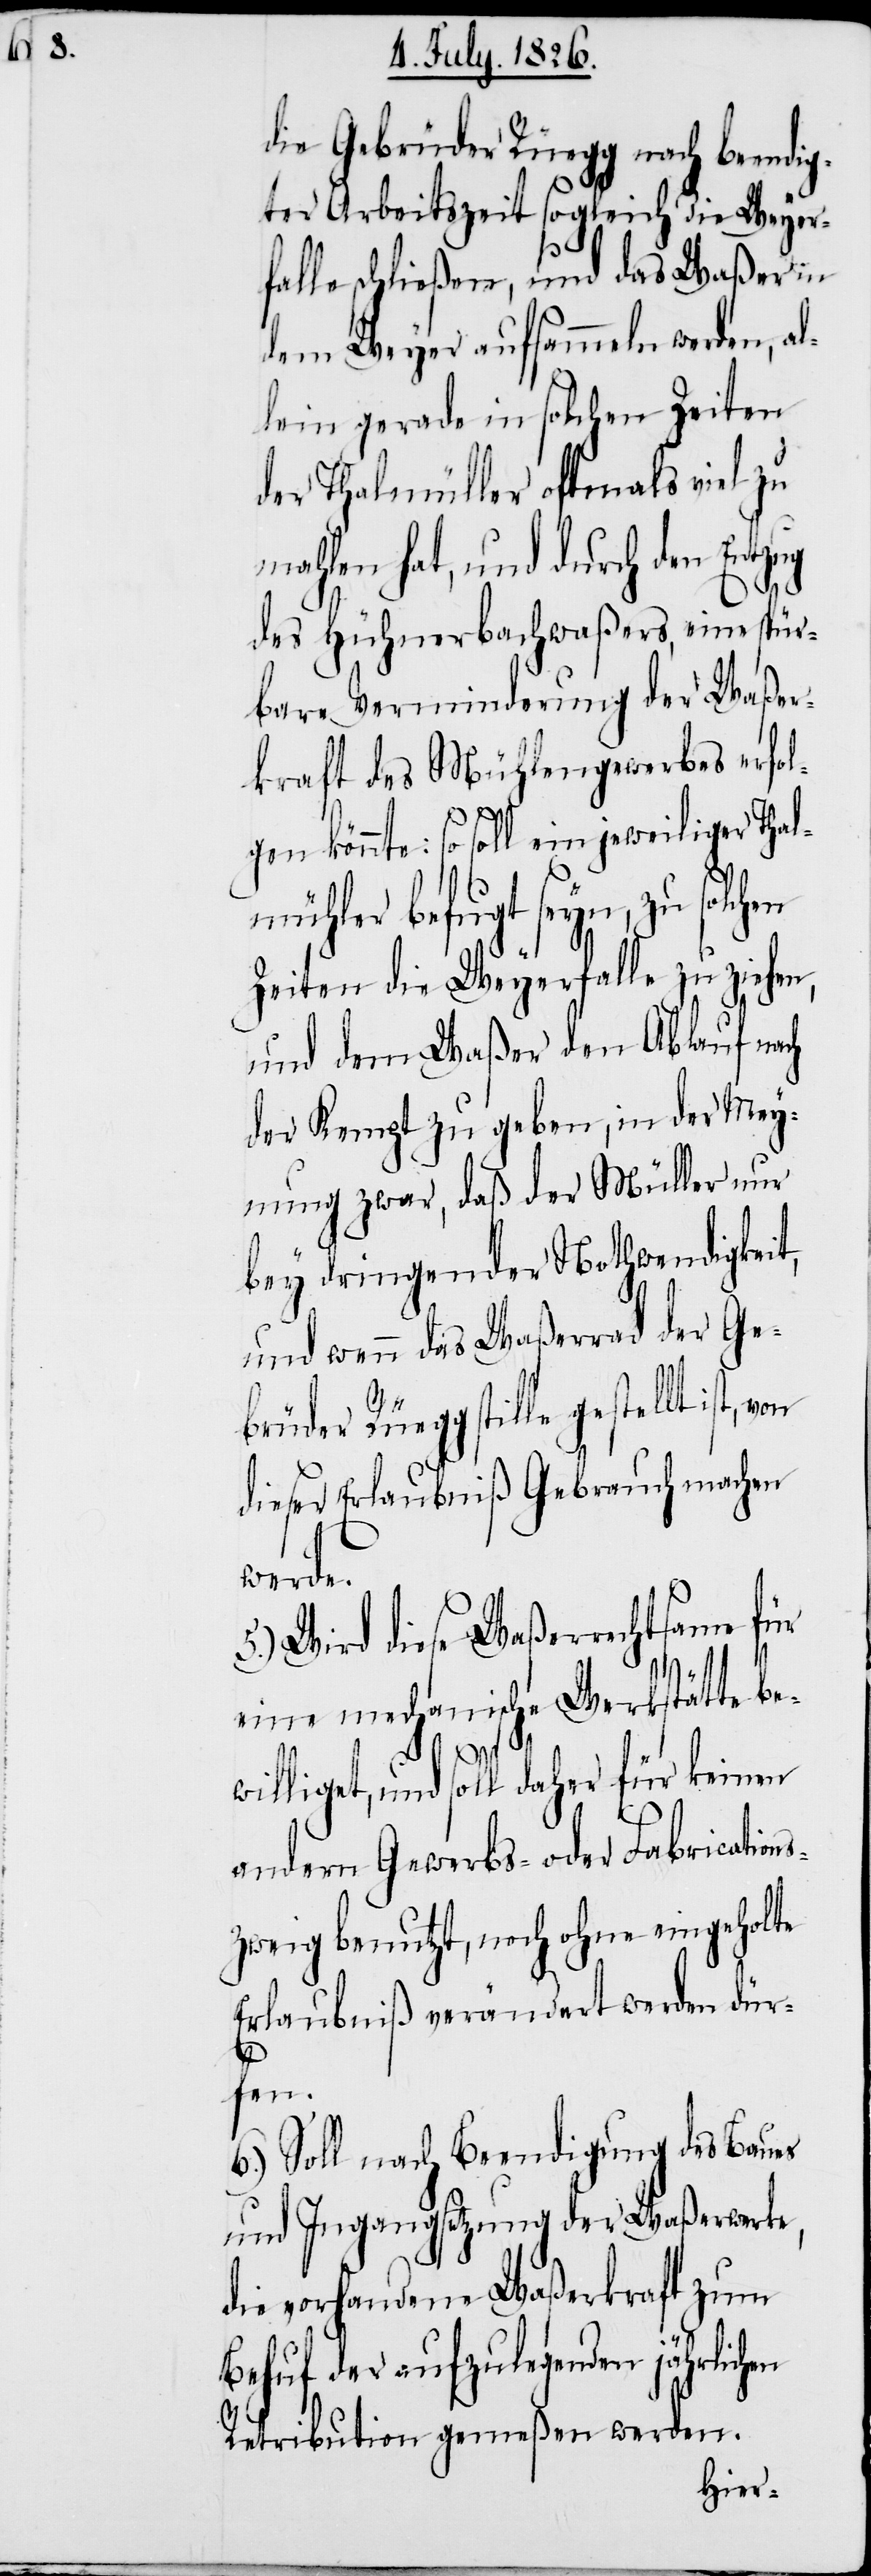
die Gebrüder Rüegg nach beendig¬
ter Arbeitszeit sogleich die Weyer¬
falle schließen, und das Waßer in
dem Weyer aufsammeln werden, al¬
lein gerade in solchen Zeiten
der Thalmüller oftmals viel zu
mahlen hat, und durch den Entzug
des Hühnerbachwaßers, eine spür¬
bare Verminderung der Waßer¬
kraft des Mühlengewerbes erfol¬
gen könnte: so soll ein jeweiliger Thal¬
mühler befugt seyn, zu solchen
Zeiten die Weyerfalle zu ziehen,
und dem Waßer den Ablauf nach
der Kempt zu geben, in der Mey¬
nung zwar, daß der Müller nur
bey dringender Nothwendigkeit,
und wenn das Waßerrad der Ge¬
brüder Rüegg stille
dieser Erlaubniß Gebrauch machen
werde.
5.) Wird diese Waßerrechtsame für
eine mechanische Werkstätte be¬
williget, und soll daher für keinen
andern Gewerbs- oder Fabrication¬
szweig benutzt, noch ohne eingeholte
Erlaubniß verändert werden dür¬
fen.
6.) Soll nach Beendigung des Baues
und Ingangsetzung der Waßerwerke,
die vorhandene Waßerkraft zum
Behuf der aufzulegenden jährlichen
Retribution gemeßen werden.